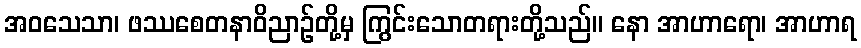
အဝသေသာ၊ ဖဿစေတနာဝိညာဉ်တို့မှ ကြွင်းသောတရားတို့သည်။ နော အာဟာရော၊ အာဟာရ